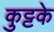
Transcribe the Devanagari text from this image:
कुट्टके